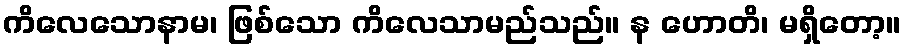
ကိလေသောနာမ၊ ဖြစ်သော ကိလေသာမည်သည်။ န ဟောတိ၊ မရှိတော့။